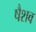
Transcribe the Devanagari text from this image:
षैशव